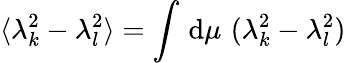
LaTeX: \langle\lambda_{k}^{2}-\lambda_{l}^{2}\rangle=\int\, \mathrm{d}\mu\, \, (\lambda_{k}^{2}-\lambda_{l}^{2})